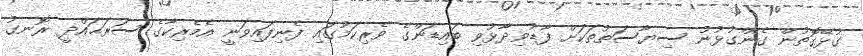
ގުޅޭގޮތުން ގެންގުޅުނު ސިޔާސަތުތަކަށް ފާޑުވިދާޅުވި ބައިޑަންގެ ވެރިކަމުގައި ފެނިފައިވަނީ އެމެރިކާގެ ސަރަޙައްދީ ރޮނގު